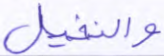
والنخيل